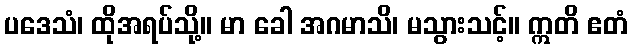
ပဒေသံ၊ ထိုအရပ်သို့။ မာ ခေါ အဂမာသိ၊ မသွားသင့်။ ဣတိ ဧတံ